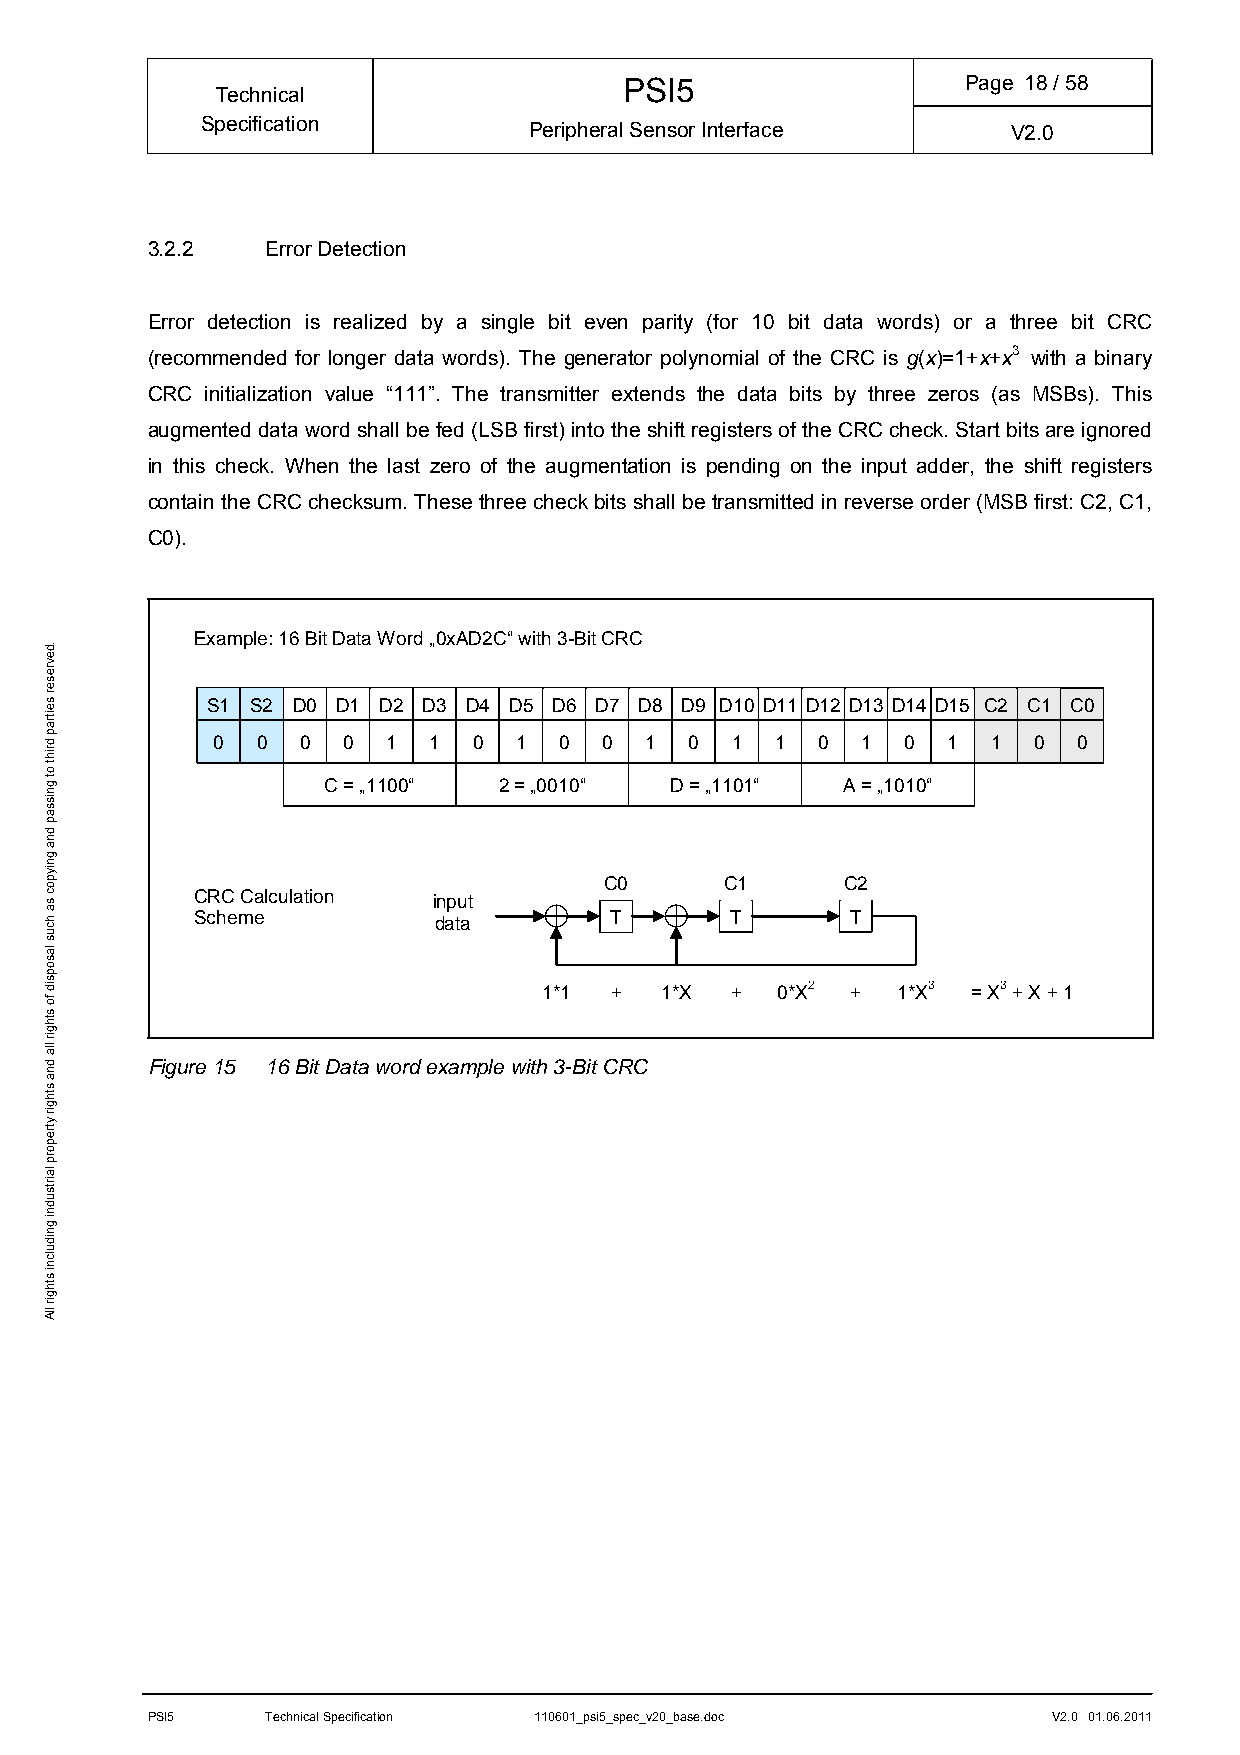
PSI5                   Page 18/ 58
 Technical
 Specification         Peripheral Sensor Interface     V2.0
 3.2.2   Error Detection
 Error detection is realized by a single bit even parity (for 10 bit data words) or a three bit CRC
 (recommended for longer data words). The generator polynomial of the CRC is g(x)=1+x+x3 with a binary
 CRC initialization value “111”. The transmitter extends the data bits by three zeros (as MSBs). This
 augmented data word shall be fed (LSB first) into the shift registers of the CRC check. Start bits are ignored
 in this check. When the last zero of the augmentation is pending on the input adder, the shift registers
 contain the CRC checksum. These three check bits shall be transmitted in reverse order (MSB first: C2, C1,
 C0).
 Example: 16 Bit Data Word „0xAD2C“ with 3-Bit CRC
 S1 S2 D0 D1 D2 D3 D4 D5 D6 D7 D8 D9 D10 D11 D12 D13 D14 D15 C2 C1 C0
 0  0  0  0  1 1  0  1  0  0  1  0 1  1  0  1  0  1  1 0  0
 C = „1100“  2 = „0010“ D = „1101“  A = „1010“
 C0      C1      C2
 CRC Calculation input
 Scheme          data       T       T       T
 1*1 +   1*X +  0*X2 +  1*X3 = X3 + X + 1
 Figure 15 16 Bit Data word example with 3-Bit CRC
 PSI5    Technical Specification 110601_psi5_spec_v20_base.doc V2.0 01.06.2011
 .devreser
 seitrap
 driht
 ot
 gnissap
 dna
 gniypoc
 sa
 hcus
 lasopsid
 fo
 sthgir
 lla
 dna
 sthgir
 ytreporp
 lairtsudni
 gnidulcni
 sthgir
 llA